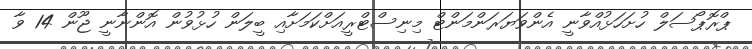
ޕްރޮޕޯސަލް ހުށަހަޅުއްވާނީ އެންވަޔަރަންމަންޓް މިނިސްޓްރީއަށްކަމަށާއި ބީލަން ހުޅުވުން އޮންނާނީ ޖޫން 14 ވާ